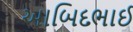
આબિદભાઈ